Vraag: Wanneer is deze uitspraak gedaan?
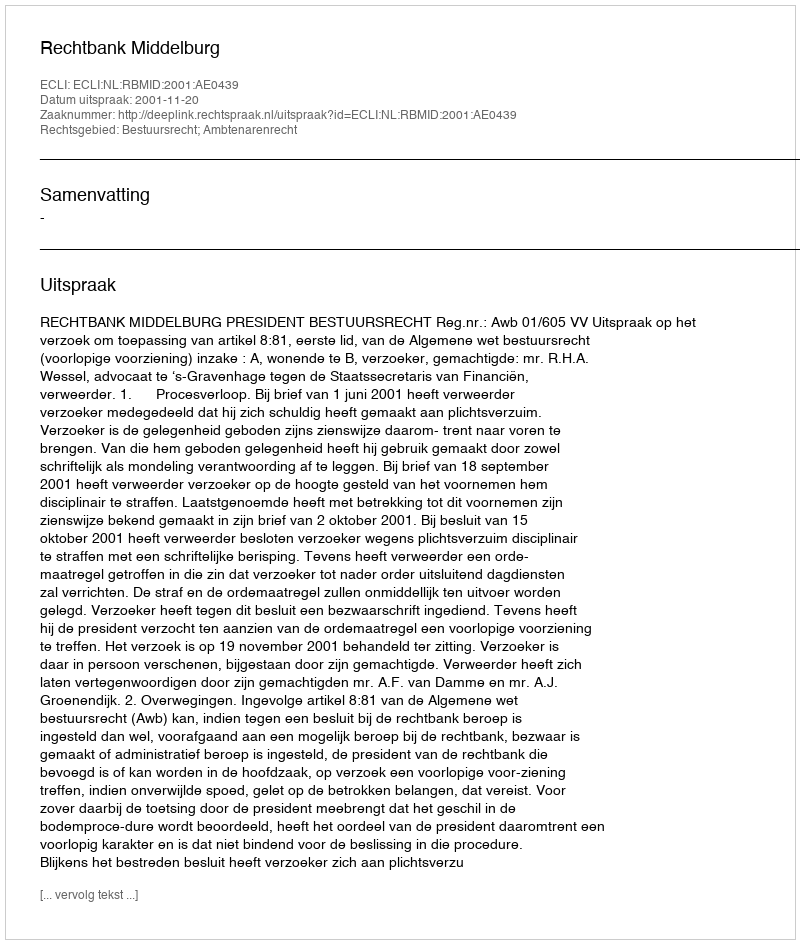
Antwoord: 2001-11-20